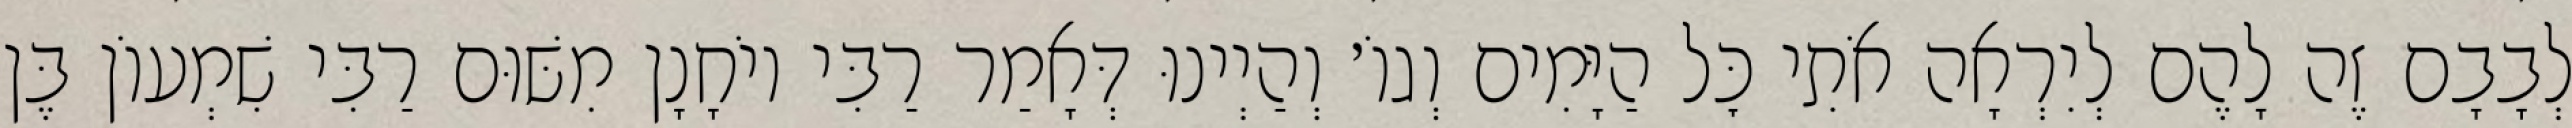
לְבָבָם זֶה לָהֶם לְיִרְאָה אֹתִי כׇּל הַיָּמִים וְגוֹ׳ וְהַיְינוּ דְּאָמַר רַבִּי יוֹחָנָן מִשּׁוּם רַבִּי שִׁמְעוֹן בֶּן